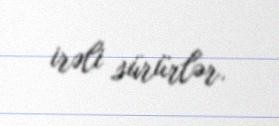
irəli sürürlər.